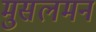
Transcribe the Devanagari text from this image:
मुसलमन